Madras plague regulations and rules - Volume 1
Disease focus: Plague
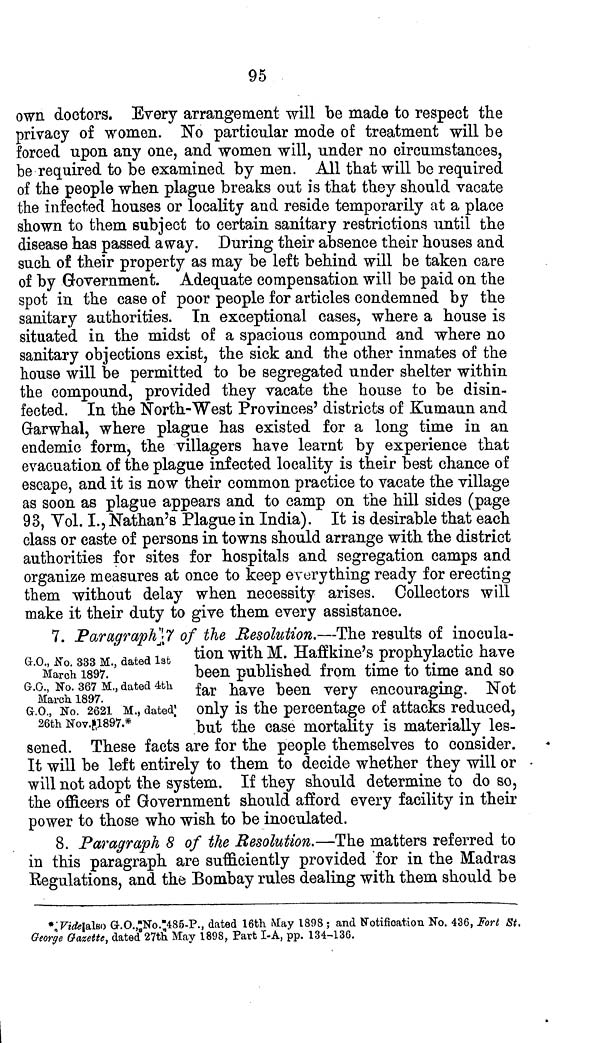
95
own doctors. Every arrangement will be made to respect the
privacy of women. No particular mode of treatment will be
forced upon any one, and women will, under no circumstances,
be required to be examined by men. All that will be required
of the people when plague breaks out is that they should vacate
the infected houses or locality and reside temporarily at a place
shown to them subject to certain sanitary restrictions until the
disease has passed away. During their absence their houses and
such of their property as may be left behind will be taken care
of by Government. Adequate compensation will be paid on the
spot in the case of poor people for articles condemned by the
sanitary authorities. In exceptional cases, where a house is
situated in the midst of a spacious compound and where no
sanitary objections exist, the sick and the other inmates of the
house will be permitted to be segregated under shelter within
the compound, provided they vacate the house to be disin-
fected. In the North-West Provinces' districts of Kumaun and
Garwhal, where plague has existed for a long time in an
endemic form, the villagers have learnt by experience that
evacuation of the plague infected locality is their best chance of
escape, and it is now their common practice to vacate the village
as soon as plague appears and to camp on the hill sides (page
93, Vol. I., Nathan's Plague in India). It is desirable that each
class or caste of persons in towns should arrange with the district
authorities for sites for hospitals and segregation camps and
organize measures at once to keep everything ready for erecting
them without delay when necessity arises. Collectors will
make it their duty to give them every assistance.
G.O., No. 333 M., dated 1st
March 1897.
G.O., No. 367 M., dated 4th
March 1897.
G.O., No. 2621 M., dated
26th Nov. 1897.*
7. Paragraph 7 of the Resolution.—The results of inocula-
tion with M. Haffkine's prophylactic have
been published from time to time and so
far have been very encouraging. Not
only is the percentage of attacks reduced,
but the case mortality is materially les-
sened. These facts are for the people themselves to consider.
It will be left entirely to them to decide whether they will or
will not adopt the system. If they should determine to do so,
the officers of Government should afford every facility in their
power to those who wish to be inoculated.
8. Paragraph 8 of the Resolution.—The matters referred to
in this paragraph are sufficiently provided for in the Madras
Regulations, and the Bombay rules dealing with them should be
* Vide|also G.O. No. 485-P., dated 16th May 1898 ; and Notification No. 436, Fort St.
George Gazette, dated 27th May 1898, Part I-A, pp. 134-136.